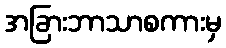
အခြားဘာသာစကားမှ